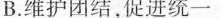
B.维护团结，促进统一